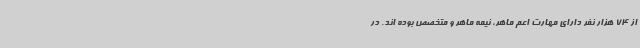
از 74 هزار نفر دارای مهارت اعم ماهر، نیمه ماهر و متخصص بوده اند. در